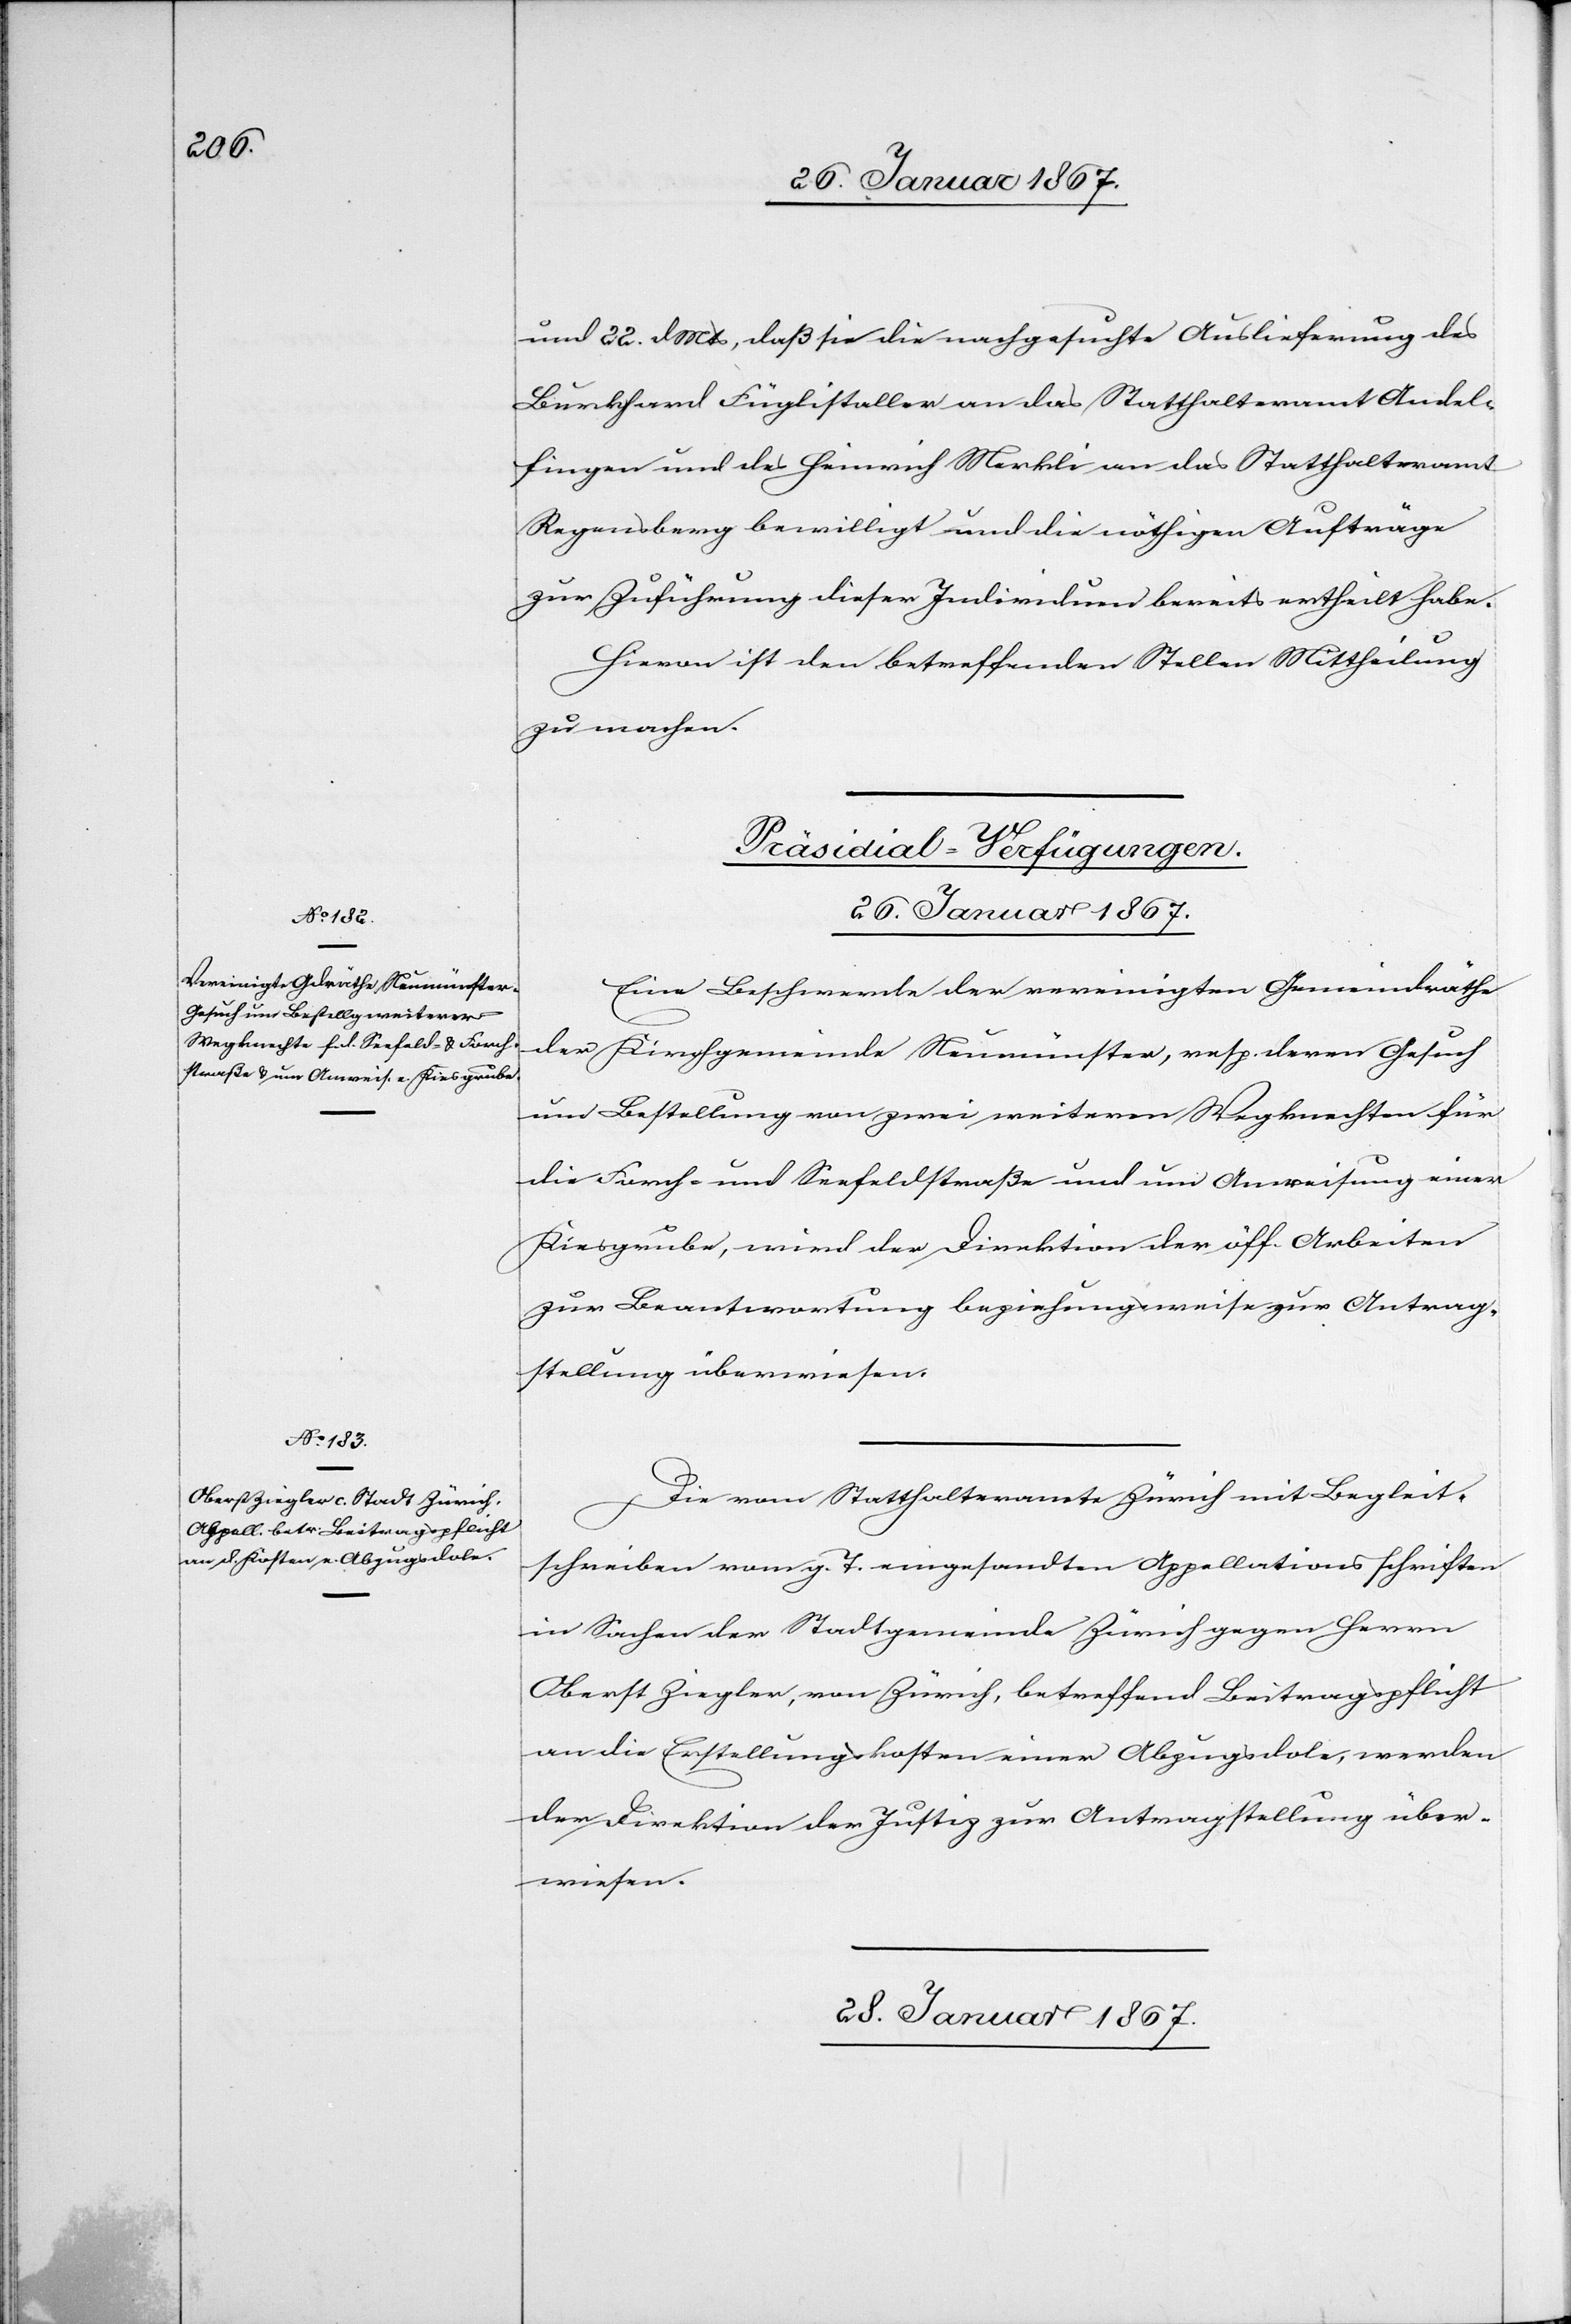
und 22. d. Mts, daß sie die nachgesuchte Auslieferung des
Burkhard Füglistaller an das Statthalteramt Andel¬
fingen und des Heinrich Merkli an das Statthalteramt
Regensberg bewilligt und die nöthigen Aufträge
zur Zuführung dieser Individuen bereits ertheilt habe.
Hievon ist den betreffenden Stellen Mittheilung
zu machen.
[Präsidial-Verfügungen.]
26. Januar 1867.]
Eine Beschwerde der vereinigten Gemeindräthe
der Kirchgemeinde Neumünster, resp. deren Gesuch
um Bestellung von zwei weiteren Wegknechten für
die Forch- und Seefeldstraße und um Anweisung einer
Kiesgrube, wird der Direktion der öff. Arbeiten
zur Beantwortung beziehungsweise zur Antrag¬
stellung überwiesen.
Die vom Statthalteramt Zürich mit Begleit¬
schreiben vom g. T. eingesandten Appellationsschriften
in Sachen der Stadtgemeinde Zürich gegen Herrn
Oberst Ziegler, von Zürich, betreffend Beitragspflicht
an die Erstellungskosten einer Abzugsdole, werden
der Direktion der Justiz zur Antragstellung über¬
wiesen.
28. Januar 1867.